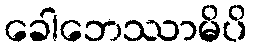
ခေါဘေဿာမိပိ